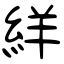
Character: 絴